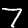
Label: 7